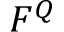
F ^ { Q }